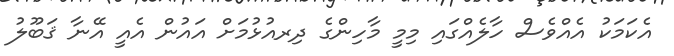
އެކަމަކު އެއްވެސް ހާލެއްގައި މިމީ މާހިންގެ ދިރއުޅުމަށް އައުން އެއީ އޭނާ ޤަބޫލު